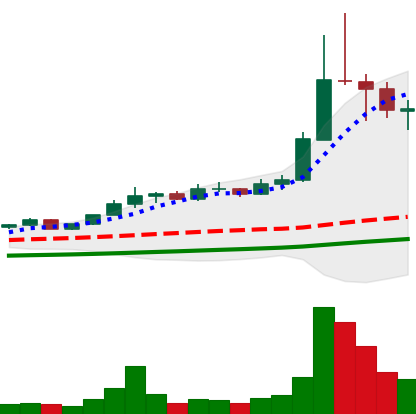
Ticker: ETC-USD
Chart end date: 2021-04-20
Forward return: -13.446%
Label: down_7plus